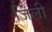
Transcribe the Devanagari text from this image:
जिली